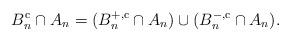
LaTeX: \begin{align*}B_{n}^{\mathrm{c}}\cap A_{n}=(B_{n}^{+,\mathrm{c}}\cap A_{n})\cup(B_{n}^{-,\mathrm{c}}\cap A_{n}). \end{align*}